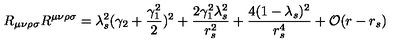
R _ { \mu \nu \rho \sigma } R ^ { \mu \nu \rho \sigma } = \lambda _ { s } ^ { 2 } ( \gamma _ { 2 } + \frac { \gamma _ { 1 } ^ { 2 } } { 2 } ) ^ { 2 } + \frac { 2 \gamma _ { 1 } ^ { 2 } \lambda _ { s } ^ { 2 } } { r _ { s } ^ { 2 } } + \frac { 4 ( 1 - \lambda _ { s } ) ^ { 2 } } { r _ { s } ^ { 4 } } + { \cal { O } } ( r - r _ { s } )